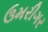
ઉમરીગર